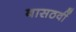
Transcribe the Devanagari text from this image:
बासठवीं